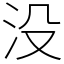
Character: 没